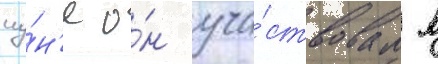
иу́н'е о́н уча́ствовал в